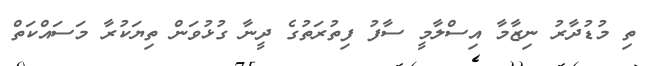
ތި މުޑުދާރު ނިޒާމާ އިސްލާމީ ސާފު ފިތުރަތުގެ ދީނާ ގުޅުވަން ތިޔަކުރާ މަސައްކަތް